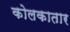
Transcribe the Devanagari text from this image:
कोलकातार